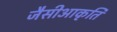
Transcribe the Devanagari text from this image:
जैसीआकृति